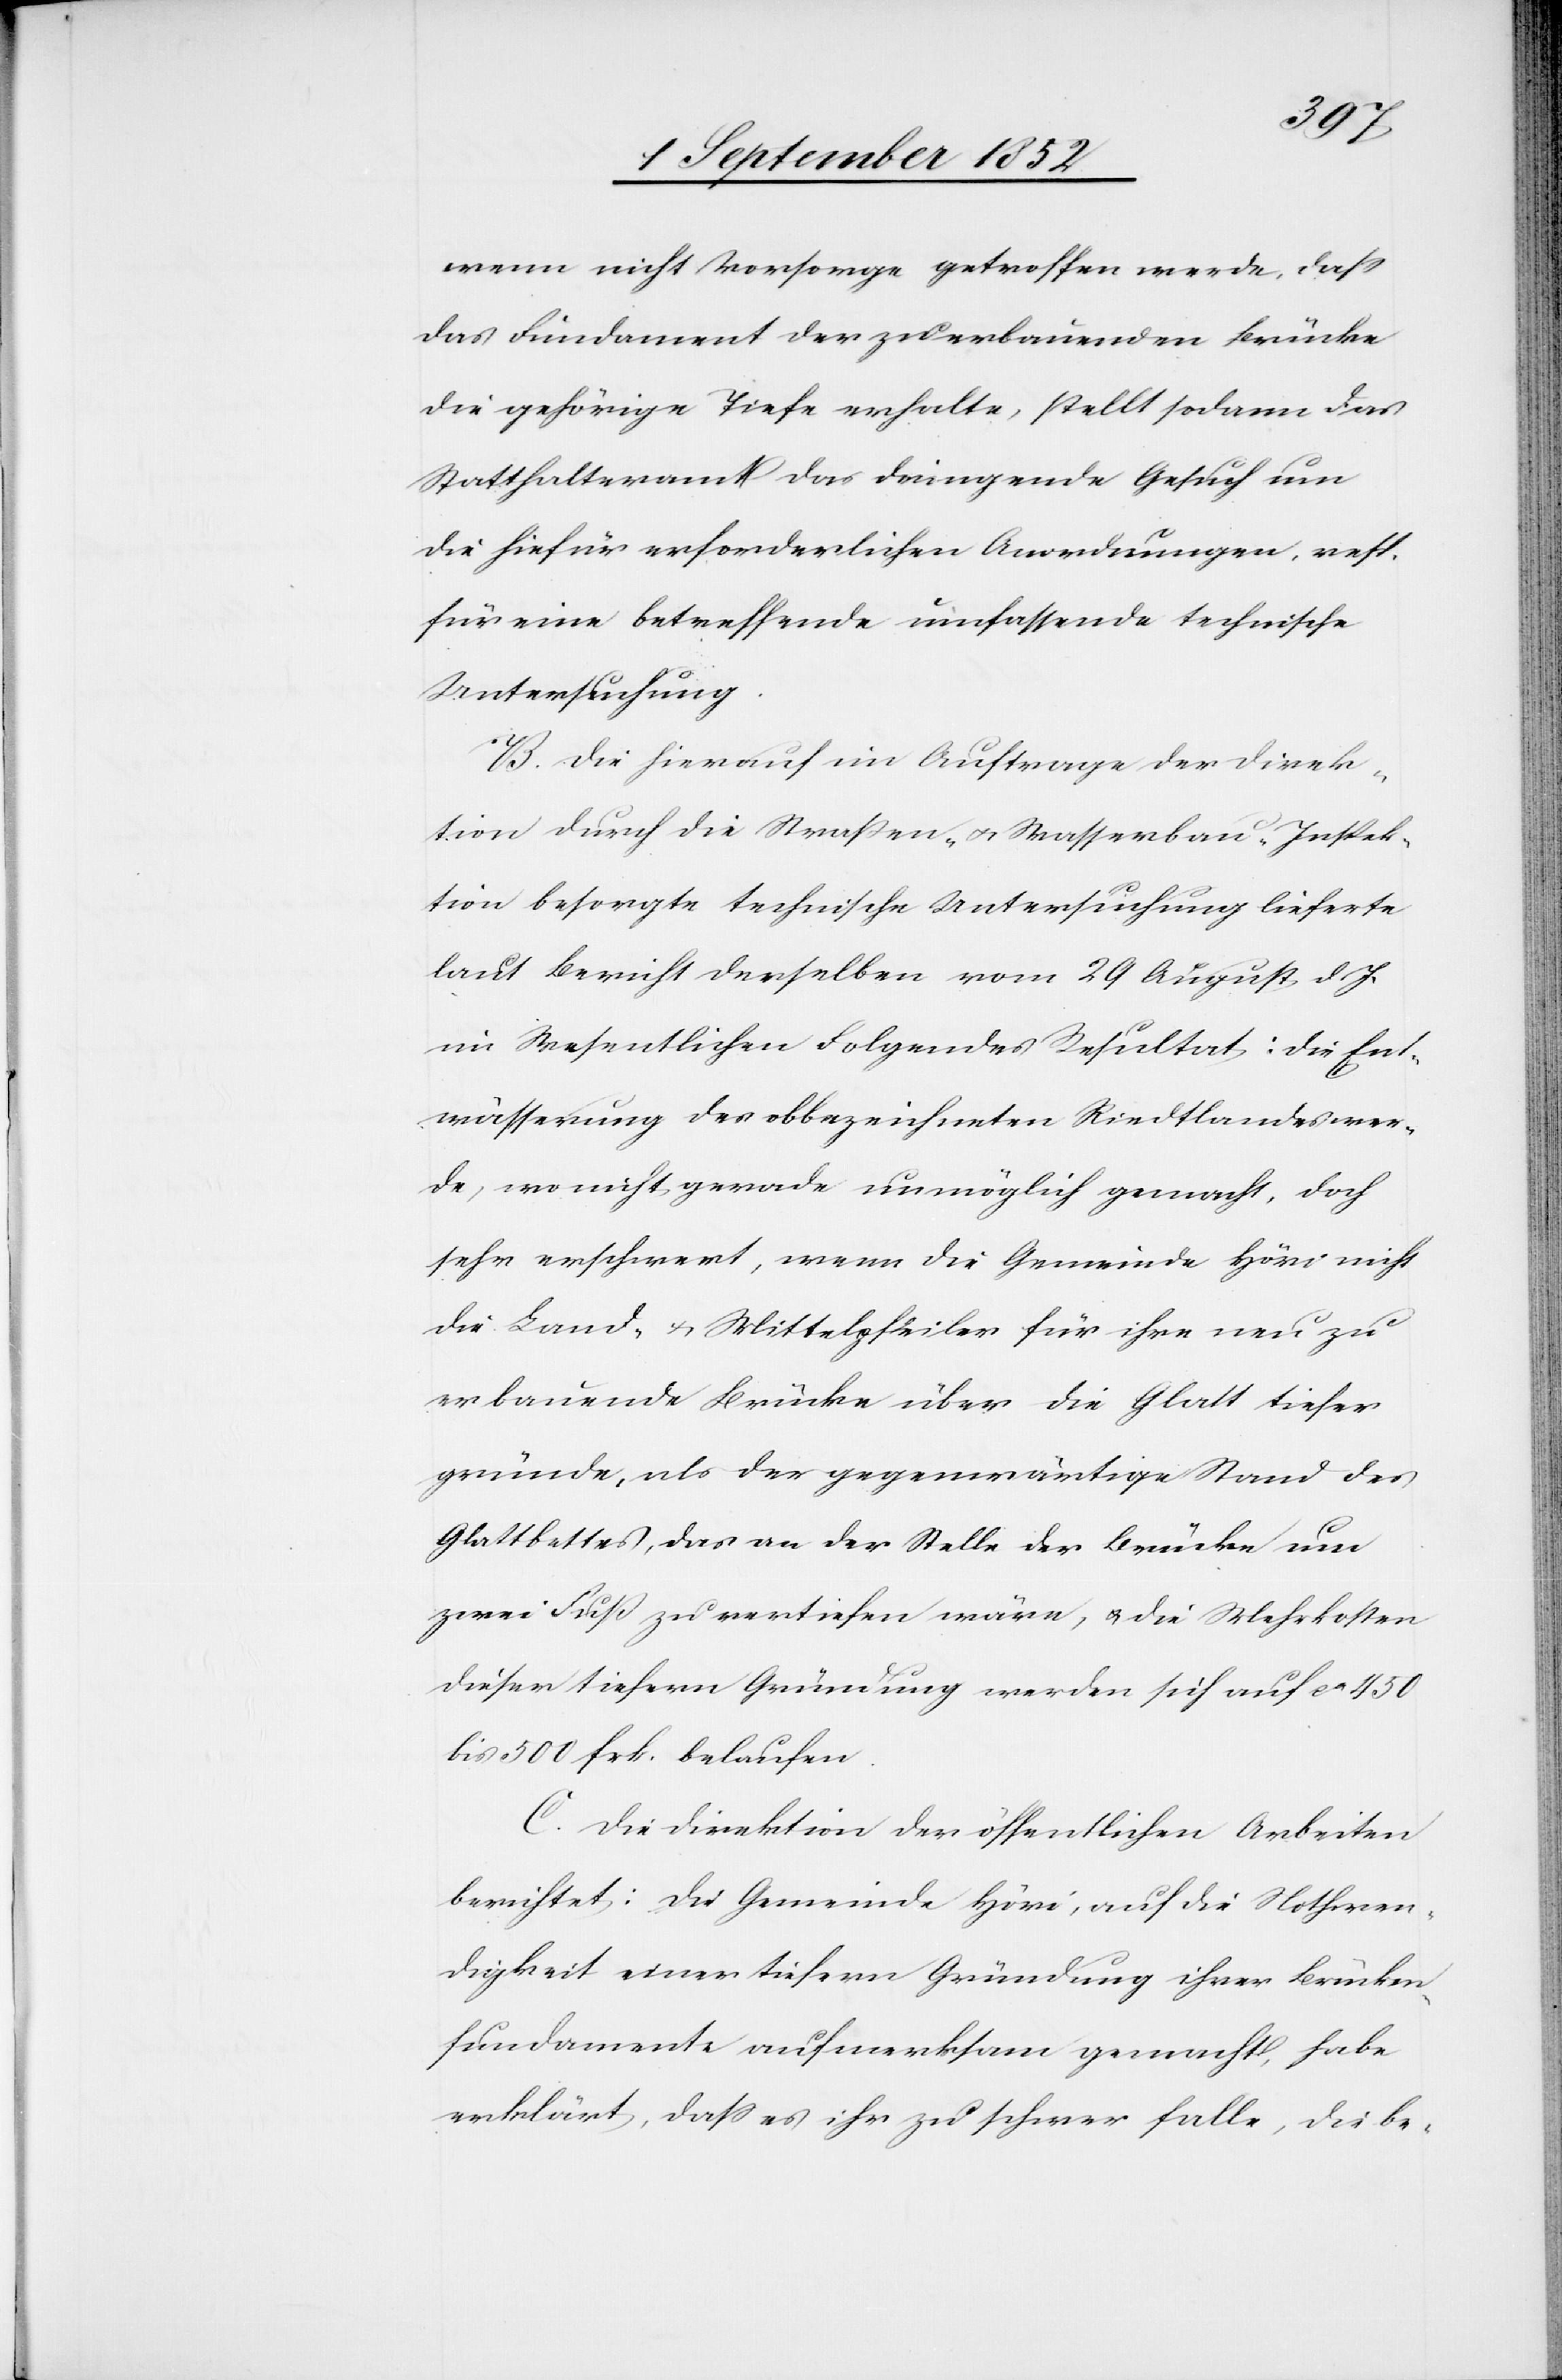
wenn nicht Vorsorge getroffen werde, dass
das Fundament der zu erbauenden Brücke
die gehörige Tiefe erhalte, stellt sodann das
Statthalteramt das dringende Gesuch um
die hiefür erforderlichen Anordnungen, resp.
für eine betreffende umfassende technische
Untersuchung.
B. Die hierauf im Auftrage der Direk¬
tion durch die Straßen- & Wasserbau-Inspek¬
tion besorgte technische Untersuchung lieferte
laut Bericht derselben vom 29 August d. J.
im Wesentlichen Folgendes Resultat: die Ent¬
wässerung des obbezeichneten Riedtlandes wer¬
de, wo nicht gerade unmöglich gemacht, doch
sehr erschwert, wenn die Gemeinde Höri nicht
die Land- & Mittelpfeiler für ihre neu zu
erbauende Brücke über die Glatt tiefer
gründe, als der gegenwärtige Stand des
Glattbettes, das an der Stelle der Brücke um
zwei Fuß zu vertiefen wäre, & die Mehrkosten
dieser tiefern Gründung werden sich auf ca 450
bis 500 frk. belaufen.
C. Die Direktion der öffentlichen Arbeiten
berichtet: Die Gemeinde Höri, auf die Nothwen¬
digkeit einer tiefern Gründung ihrer Brücken¬
fundamente aufmerksam gemacht, habe
erklärt, dass es ihr zu schwer falle, die be-